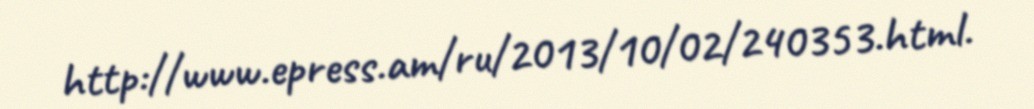
http://www.epress.am/ru/2013/10/02/240353.html.